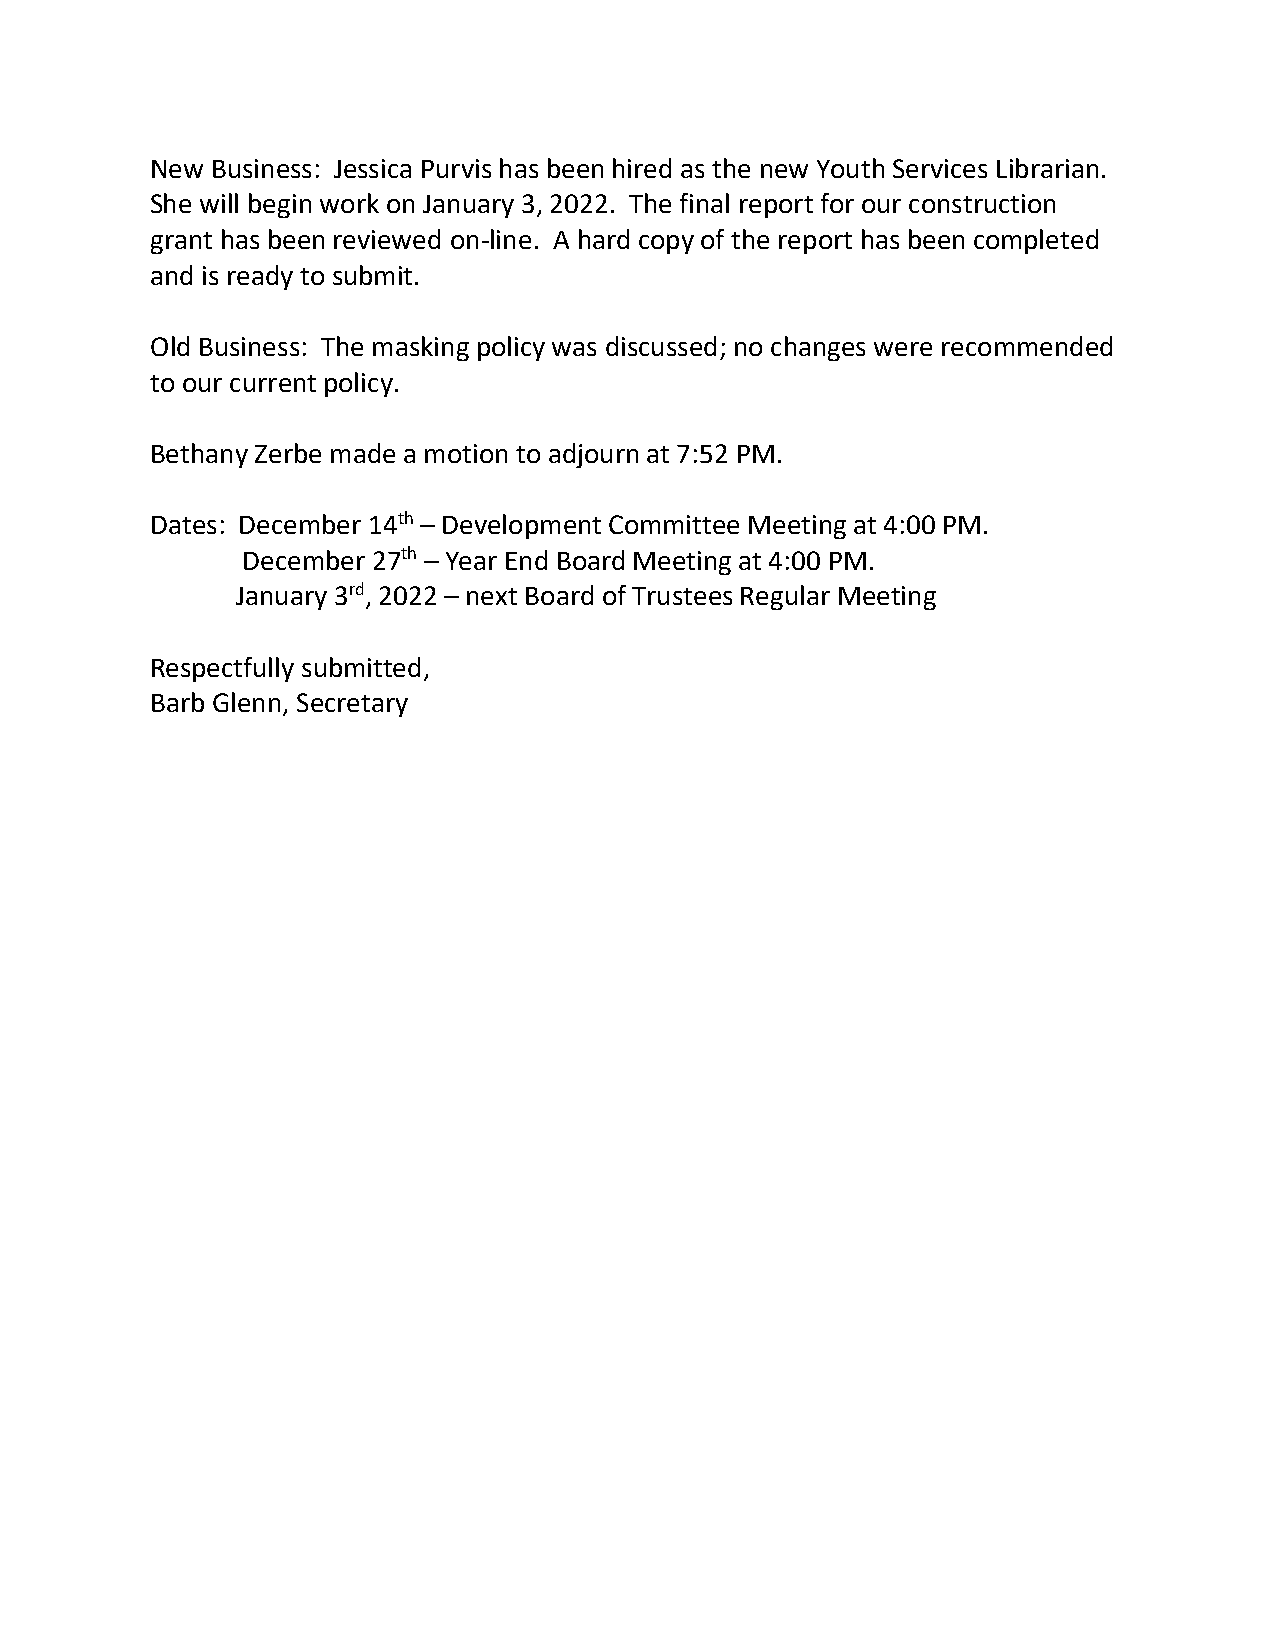
New Business: Jessica Purvis has been hired as the new Youth Services Librarian.
 She will begin work on January 3, 2022. The final report for our construction
 grant has been reviewed on-line. A hard copy of the report has been completed
 and is ready to submit.
 Old Business: The masking policy was discussed; no changes were recommended
 to our current policy.
 Bethany Zerbe made a motion to adjourn at 7:52 PM.
 Dates: December 14th – Development Committee Meeting at 4:00 PM.
 December 27th – Year End Board Meeting at 4:00 PM.
 January 3rd, 2022 – next Board of Trustees Regular Meeting
 Respectfully submitted,
 Barb Glenn, Secretary